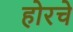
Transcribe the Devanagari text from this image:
होरचे